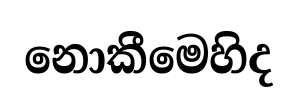
නොකීමෙහිද